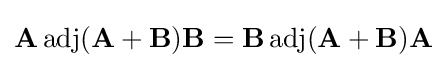
\mathbf {A} \operatorname {adj} (\mathbf {A} +\mathbf {B} )\mathbf {B} =\mathbf {B} \operatorname {adj} (\mathbf {A} +\mathbf {B} )\mathbf {A}